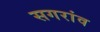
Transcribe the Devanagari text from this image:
सगरांव